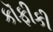
કૉફીકી